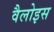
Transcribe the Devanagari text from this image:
वैलोइस